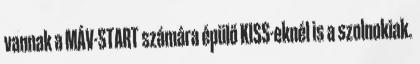
vannak a MÁV-START számára épülő KISS-eknél is a szolnokiak.